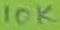
Text: 10K